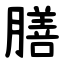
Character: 膳